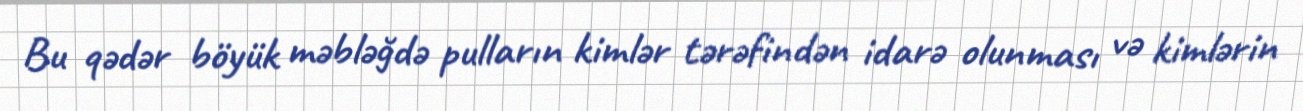
Bu qədər böyük məbləğdə pulların kimlər tərəfindən idarə olunması və kimlərin